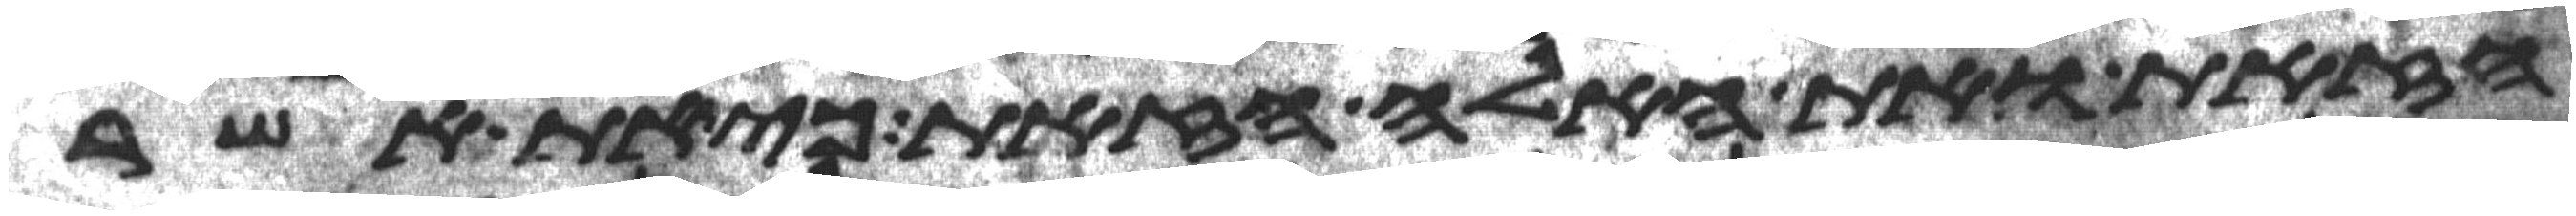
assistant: הזאת ואת האלה הזאת כי את אשר